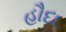
હૌદા